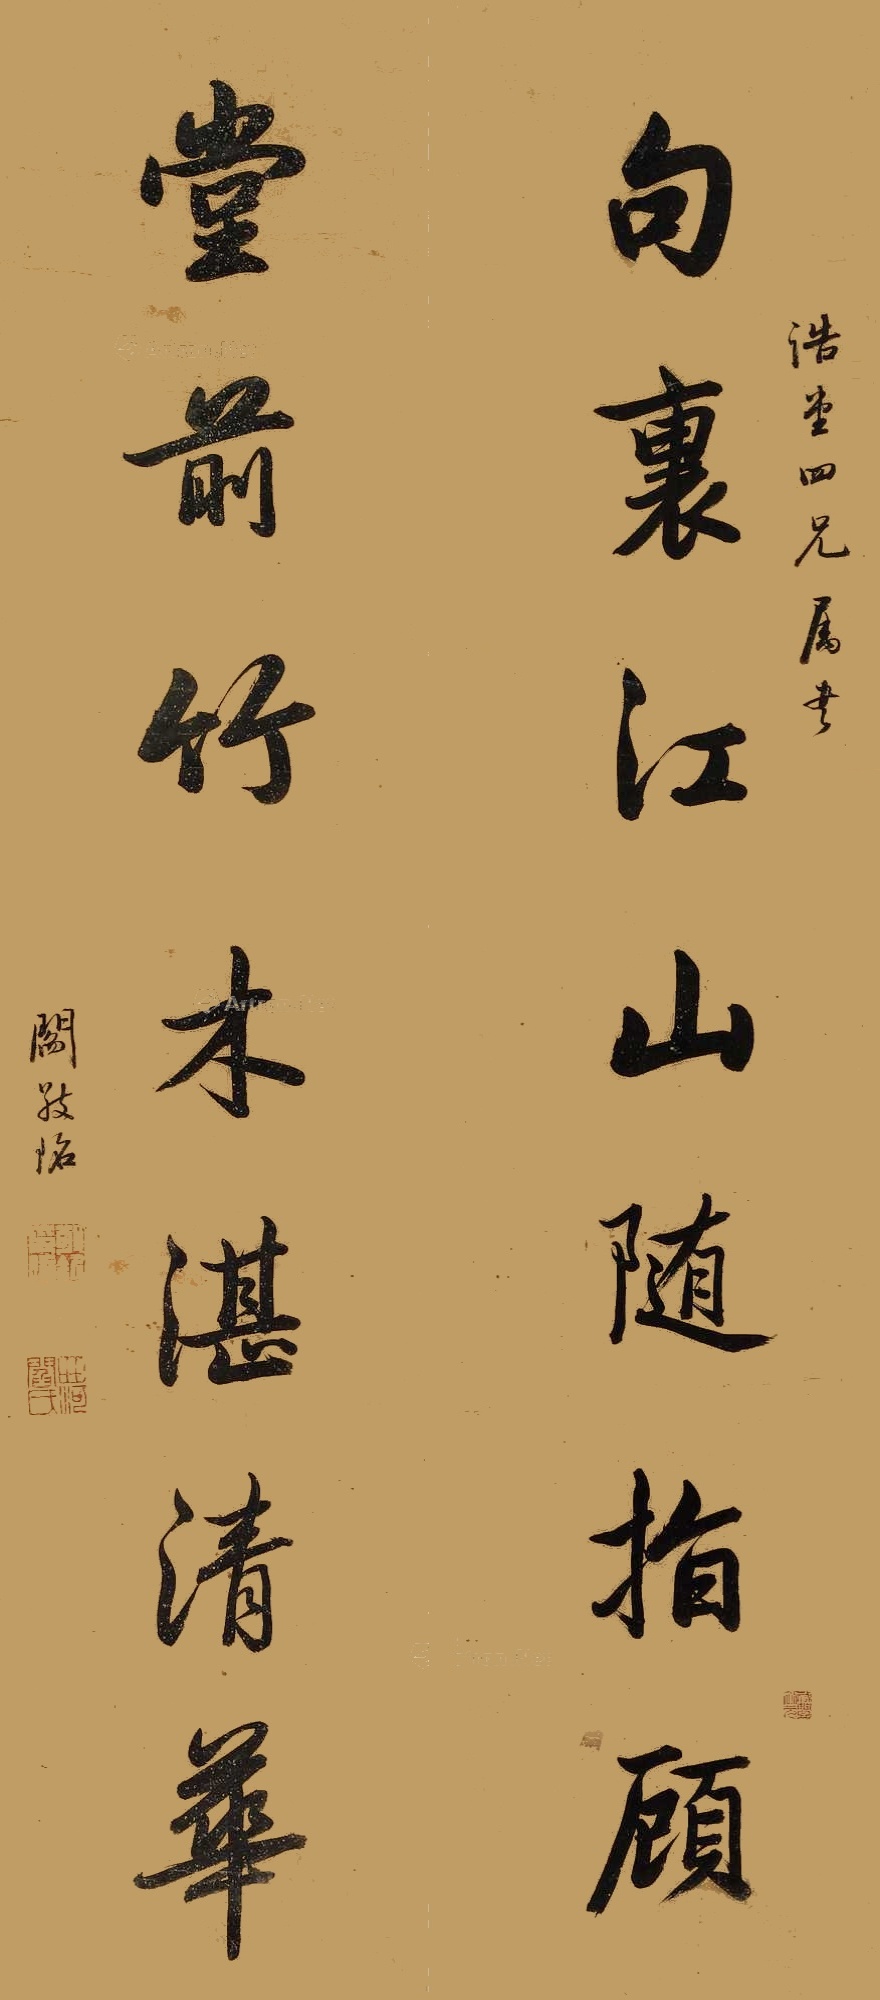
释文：句里江山随指顾，堂前竹木湛清华。浩堂四兄属书，阎敬铭。